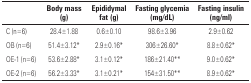
<table><thead><tr><td></td><td><b>Body mass (g)</b></td><td><b>Epididymal fat (g)</b></td><td><b>Fasting glycemia (mg/dL)</b></td><td><b>Fasting insulin (ng/ml)</b></td></tr></thead><tbody><tr><td>C (n=6)</td><td>28.4±1.88</td><td>0.6±0.10</td><td>98.6±3.96</td><td>2.9±0.62</td></tr><tr><td>OB (n=6)</td><td>51.4±3.12*</td><td>2.9±0.16*</td><td>306±26.60*</td><td>8.8±0.62*</td></tr><tr><td>OE-1 (n=6)</td><td>53.6±2.88*</td><td>3.1±0.12*</td><td>186±21.40**</td><td>9.0±0.62*</td></tr><tr><td>OE-2 (n=6)</td><td>56.2±3.33*</td><td>3.1±0.21*</td><td>154±31.50**</td><td>8.9±0.62*</td></tr></tbody></table>